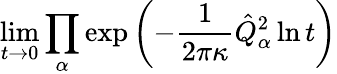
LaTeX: \operatorname*{lim}_{t\rightarrow 0}\prod_{\alpha}\exp\left(-\frac{1}{2\pi\kappa}\hat{Q}_{\alpha}^{2}\ln t\right)